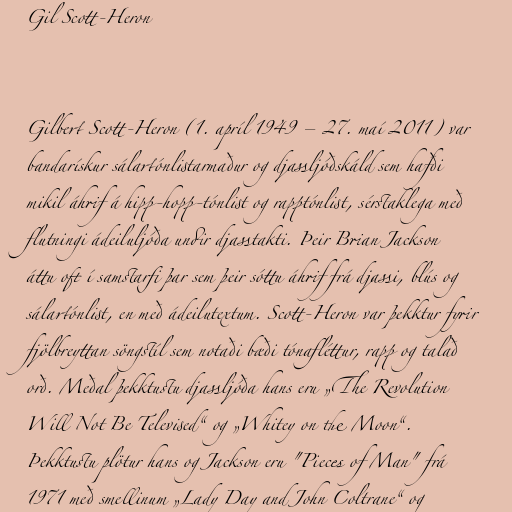
Gil Scott-Heron

Gilbert Scott-Heron (1. apríl 1949 – 27. maí 2011) var
bandarískur sálartónlistarmaður og djassljóðskáld sem hafði
mikil áhrif á hipp-hopp-tónlist og rapptónlist, sérstaklega með
flutningi ádeiluljóða undir djasstakti. Þeir Brian Jackson
áttu oft í samstarfi þar sem þeir sóttu áhrif frá djassi, blús og
sálartónlist, en með ádeilutextum. Scott-Heron var þekktur fyrir
fjölbreyttan söngstíl sem notaði bæði tónafléttur, rapp og talað
orð. Meðal þekktustu djassljóða hans eru „The Revolution
Will Not Be Televised“ og „Whitey on the Moon“.
Þekktustu plötur hans og Jackson eru "Pieces of Man" frá
1971 með smellinum „Lady Day and John Coltrane“ og